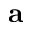
\mathbf { a }